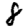
Digit: 8